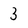
Character: 3